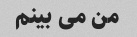
من می بینم